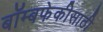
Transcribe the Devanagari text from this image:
बॉम्बफेकीसाठी